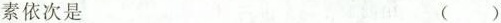
素依次是 ( )